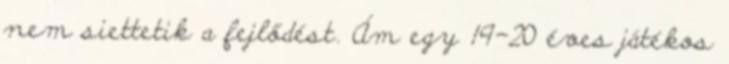
nem siettetik a fejlődést. Ám egy 19-20 éves játékos